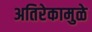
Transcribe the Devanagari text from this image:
अतिरेकामुळे